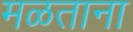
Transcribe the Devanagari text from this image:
मळताना